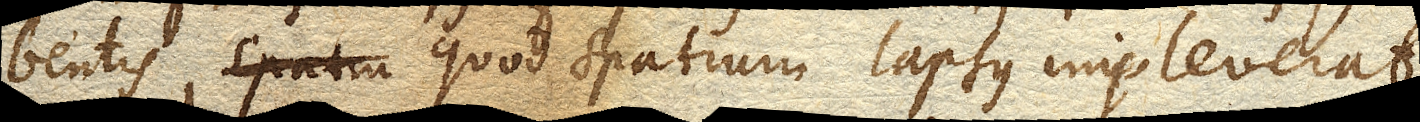
bentis, quod spatium lapsus impleverat.